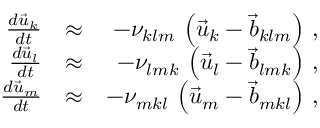
\begin{array} { r l r } { \frac { d \vec { u } _ { k } } { d t } } & { \approx } & { - \nu _ { k l m } \, \left( \vec { u } _ { k } - \vec { b } _ { k l m } \right) \, , } \\ { \frac { d \vec { u } _ { l } } { d t } } & { \approx } & { - \nu _ { l m k } \, \left( \vec { u } _ { l } - \vec { b } _ { l m k } \right) \, , } \\ { \frac { d \vec { u } _ { m } } { d t } } & { \approx } & { - \nu _ { m k l } \, \left( \vec { u } _ { m } - \vec { b } _ { m k l } \right) \, , } \end{array}